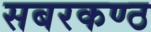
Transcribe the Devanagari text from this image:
सबरकण्ठ